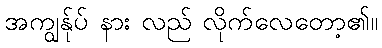
အကျွန်ုပ် နား လည် လိုက်လေတော့၏။